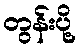
တွန်းပို့